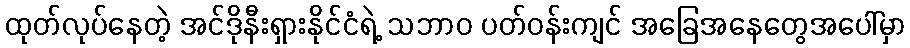
ထုတ်လုပ်နေတဲ့ အင်ဒိုနီးရှားနိုင်ငံရဲ့ သဘာဝ ပတ်ဝန်းကျင် အခြေအနေတွေအပေါ်မှာ